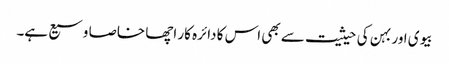
بیوی اور بہن کی حیثیت سے بھی اس کا دائرہ کار اچھا خاصا وسیع ہے۔